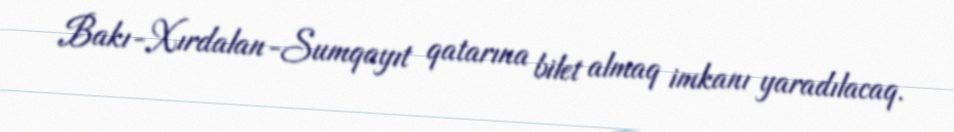
Bakı-Xırdalan-Sumqayıt qatarına bilet almaq imkanı yaradılacaq.